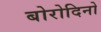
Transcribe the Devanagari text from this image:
बोरोदिनो